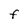
Character: F